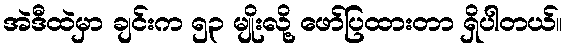
အဲဒီထဲမှာ ချင်းက ၅၃ မျိုးလို့ ဖော်ပြထားတာ ရှိပါတယ်။